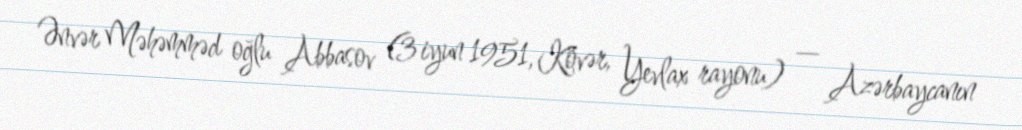
Ənvər Məhəmməd oğlu Abbasov (3 iyun 1951, Kövər, Yevlax rayonu) — Azərbaycanın